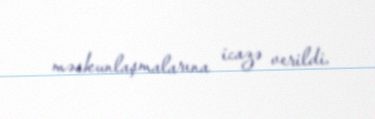
məskunlaşmalarına icazə verildi.